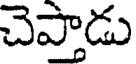
చెప్తాడు